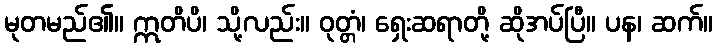
မုတမည်၏။ ဣတိပိ၊ သို့လည်း။ ဝုတ္တံ၊ ရှေးဆရာတို့ ဆိုအပ်ပြီ။ ပန၊ ဆက်။